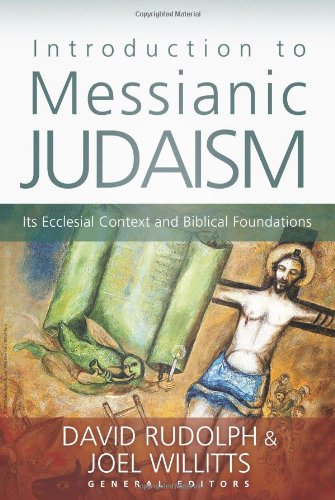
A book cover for Introduction to Messianic Judaism: Its Ecclesial Context and Biblical Foundations; Christian Books & Bibles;